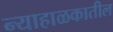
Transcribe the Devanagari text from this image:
न्याहाळकातील